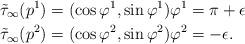
LaTeX: \begin{align*} \tilde\tau_\infty(p^1)&=(\cos \varphi^1,\sin\varphi^1) \varphi^1=\pi+\epsilon \\ \tilde\tau_\infty(p^2)&=(\cos \varphi^2,\sin\varphi^2) \varphi^2=-\epsilon. \end{align*}